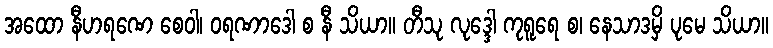
အထော နီဟရဏေ စေဝါ၊ ဝရဏာဒေါ စ နီ သိယာ။ တီသု လုဒ္ဒေါ ကုရူရေ စ၊ နေသာဒမှိ ပုမေ သိယာ။